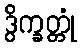
ဒွိက္ခတ္တုံ